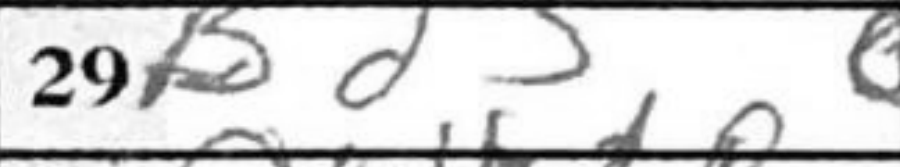
Transcription: Bd3